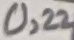
Text: 0,22